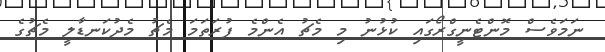
ނަމަވެސް މޮންޓެނީގްރޯގައި ކުޅުނު މި މެޗު އެންމެ ފުރަތަމަ މެޗު މެދުކަނޑާލީ މެޗުގެ